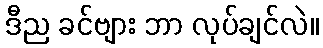
ဒီည ခင်ဗျား ဘာ လုပ်ချင်လဲ။